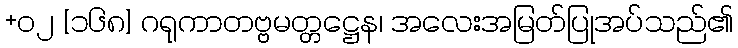
+၀၂ [၁၆၈] ဂရုကာတဗ္ဗမတ္တဋ္ဌေန၊ အလေးအမြတ်ပြုအပ်သည်၏